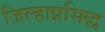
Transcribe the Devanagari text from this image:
जिल्हाप्रसिद्ध